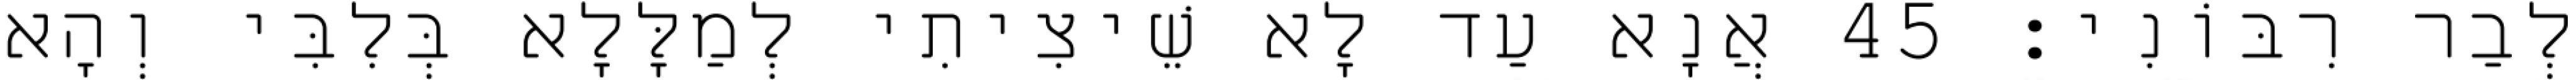
לְבַר רִבּוֹנִי׃ 45 אֲנָא עַד לָא שֵׁיצִיתִי לְמַלָּלָא בְּלִבִּי וְהָא